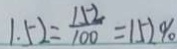
1 . 5 2 = \frac { 1 5 2 } { 1 0 0 } = 1 5 2 \%